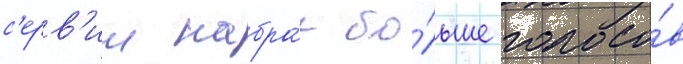
с'ерв'ии набра́л бо́льше голосо́в